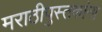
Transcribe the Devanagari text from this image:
मराठीपुस्तकांना